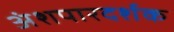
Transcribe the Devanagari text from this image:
अंशपारदर्शक